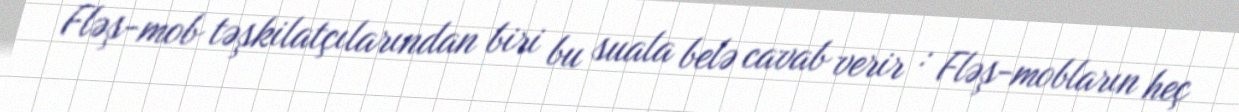
Fləş-mob təşkilatçılarından biri bu suala belə cavab verir : Fləş-mobların heç